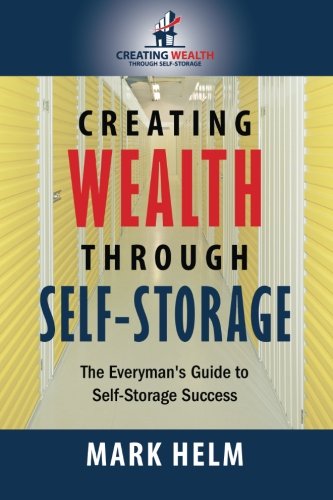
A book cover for Creating Wealth Through Self Storage: One Man's Journey into the World of Self-Storage; Mark Helm; Business & Money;